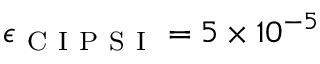
\epsilon _ { \mathrm { ~ C ~ I ~ P ~ S ~ I ~ } } = 5 \times 1 0 ^ { - 5 }